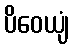
ပိဝေယျံ